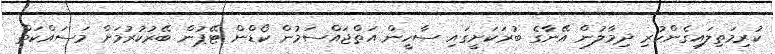
ކުރިމަތިލައިގެންހުރި ދިމާލުން އޭނާގެ ބުރަކަށީގައި ސާހީން އަތްޖައްސަމުން ކޯޑްން ޓޭޕުން ބޭރުކުރުމަށް މަސައްކަތް